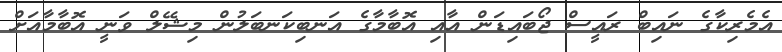
އެމެރިކާގެ ނައިބް ރައީސް ޖޯބައިޑަން އާއި އޮބާމާގެ އަނބިކަނބަލުން މިޝޭލް ވަނީ އޮބާމާއަށް